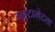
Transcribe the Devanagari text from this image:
ग्लुटामेटला